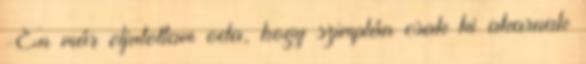
-Én már eljutottam oda, hogy szimplán csak ki akarnak